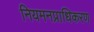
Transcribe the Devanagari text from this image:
नियमनप्राधिकरण